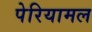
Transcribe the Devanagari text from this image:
पेरियामल